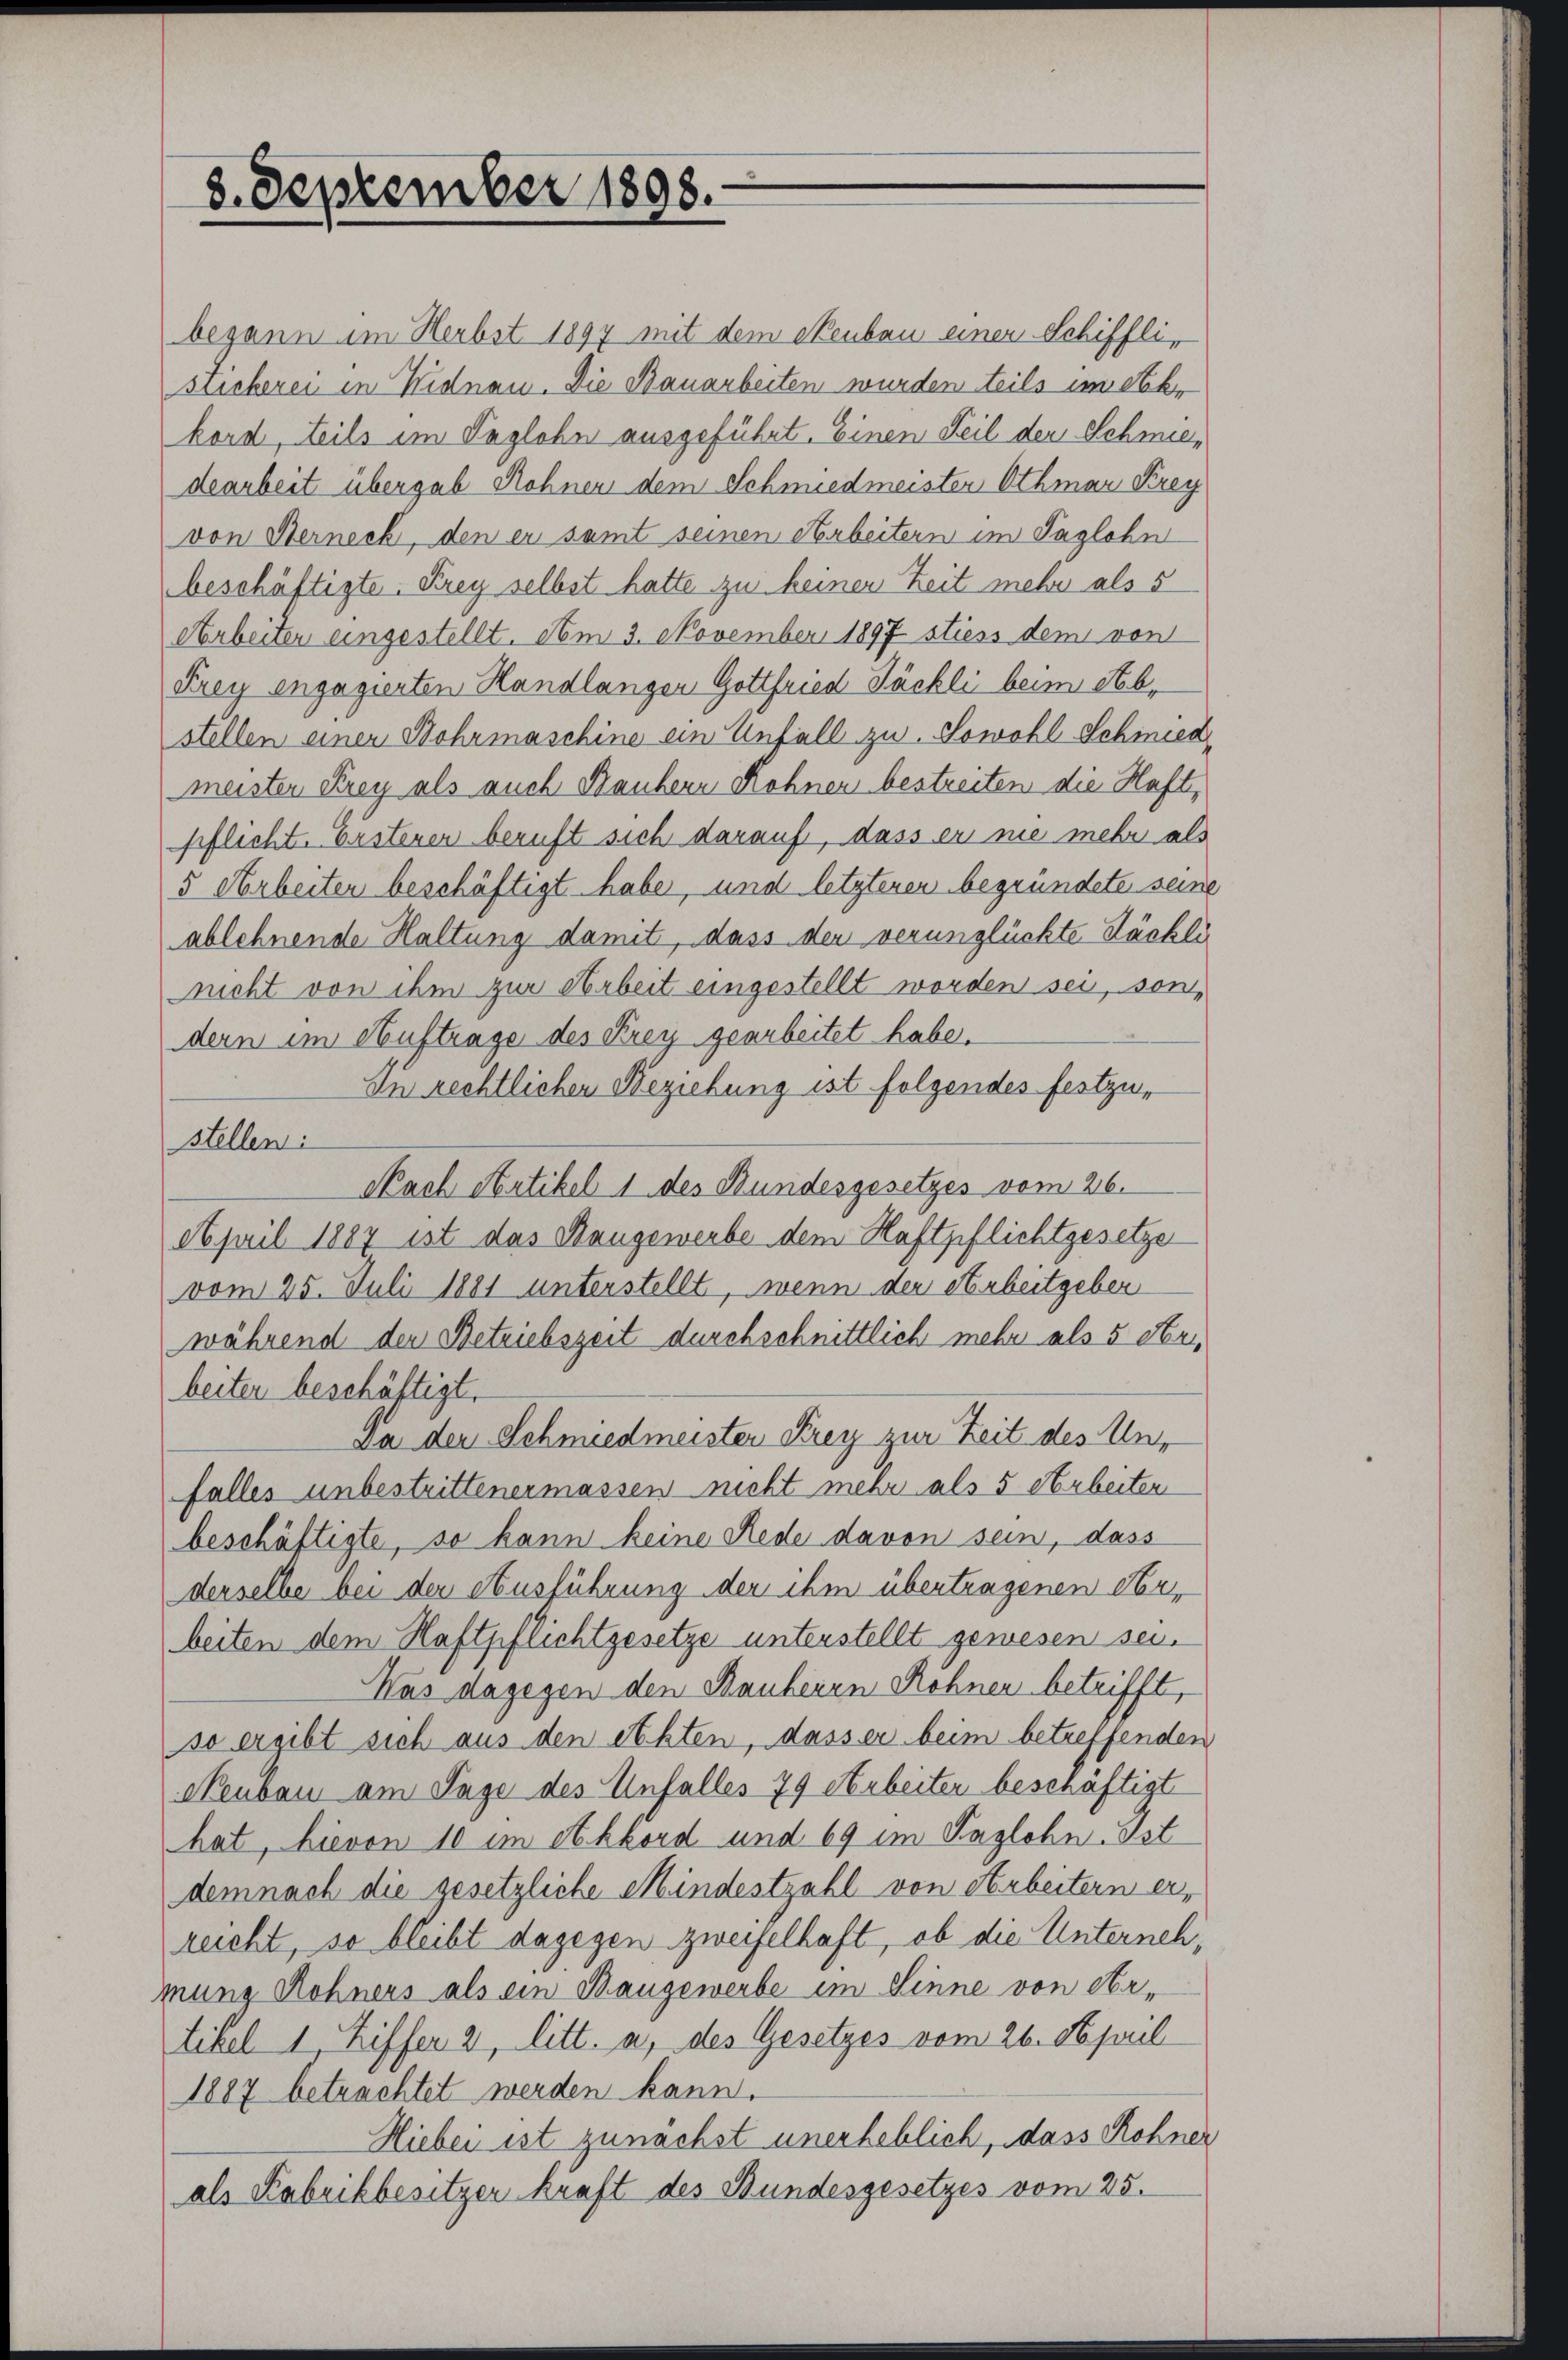
begann im Herbst 1897 mit dem Neubau einer Schifflistickerei in Widnau. Die Bauarbeiten wurden teils im Sekkord, teils im Taglohn ausgeführt. Einen Teil der Schmiedearbeit übergab Rohnen dem Schmiedmeister Othmar Krey
von Sterneck, den er samt seinen Arbeitern im Taglohn
beschäftigte Krey selbst hatte zu keinen Zeit mehr als 5
Arbeiter eingestellt. Am 3. November 1897 stiess dem von
Frey engagierten Handlangen Gottfried Sächli beim Stebr
stellen einer Sohrmaschine ein Unfall zu. Sowohl Schinica
meisten Krey als auch Rauhern Rohnen bestreiten die Haft,
pflicht. Erstenen beruft sich darauf, dass er nie mehr als
5 Arbeiten beschäftigt habe, und letzteren begründete seine
ablehnende Haltung damit, dass den verunglückte Tächli
nicht von ihm zur Arbeit eingestellt worden sei, sondern im Auftrage des Krey gearbeitet habe.
In rechtlichen Beziehung ist folgendes festzu-
stellen:
Nach Artikel 1 des Bundesgesetzes vom 26.
April 1887 ist das Bangewerbe dem Haftpflichtgesetze
vom 25. Juli 1881 unterstellt, wenn den Arbeitgeber
während den Betriebszeit durchschnittlich mehr als 5 Stei
beiten beschäftigt.
Da der Schmiedmeister Frey zur Zeit des Unfalles unbestrittenermassen nicht mehr als 5 Arbeiten
beschäftigte, so kann keine Rede davon sein, dass
derselbe bei der Ausführung der ihm übertragenen Arbeiten dem Haftpflichtgesetze unterstellt gewesen sei.
Was dagegen den Bauherrn Rohnen betrifft,
so ergibt sich aus den echten, dasser beim betreffenden
Neubau am Tage des Unfalles 79 Arbeiter beschäftigt
hat, hievon 10 im Akkord und 69 im Taglohn. Ist
demnach die gesetzliche Mindestzahl von Arbeitern erreicht, so bleibt dagegen zweifelhaft, ob die Unternehmung Rohners als ein Baugewerbe im Sinne von Aartikel 1, Ziffer 2, litt. a, des Gesetzes vom 26. April
1887 betrachtet werden kann.
Hiebei ist zunächst unerheblich, dass Rohner
als Kabrikbesitzer kraft des Bundesgesetzes vom 25.

8. September 1898.